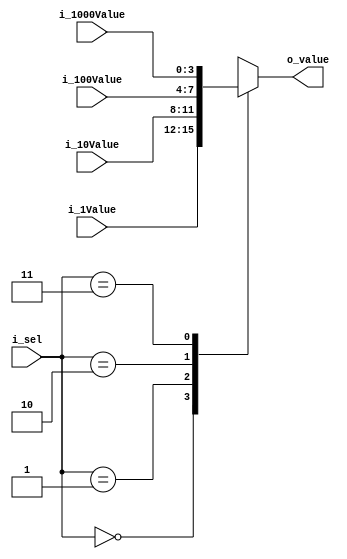
`timescale 1ns / 1ps

module mux_4x1(
    input [3:0] i_1000Value, i_100Value, i_10Value, i_1Value,
    input [1:0] i_sel,

    output [3:0] o_value
    );

    reg [3:0] r_value;

    assign o_value = r_value;

    always @(i_sel) begin
        case (i_sel)
        2'h0 : r_value = i_1Value;
        2'h1 : r_value = i_10Value;
        2'h2 : r_value = i_100Value;
        2'h3 : r_value = i_1000Value;
        endcase
    end 
endmodule